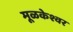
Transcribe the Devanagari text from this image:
मूळकेश्वर